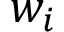
w _ { i }